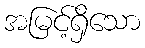
အမြင့်ရှိသော